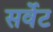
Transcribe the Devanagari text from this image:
सर्वेट